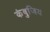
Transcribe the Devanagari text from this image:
कंबुजिय